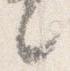
々